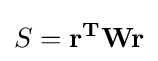
S=\mathbf {r^{T}Wr}